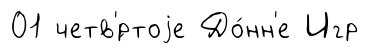
01 четв'́ртоjе До́нн'е Игр